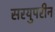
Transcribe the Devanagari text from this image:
सरयुपरीन